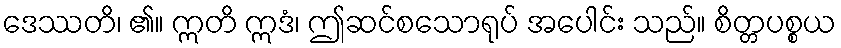
ဒေဿတိ၊ ၏။ ဣတိ ဣဒံ၊ ဤဆင်စသောရုပ် အပေါင်း သည်။ စိတ္တပစ္စယ